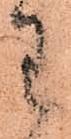
わ